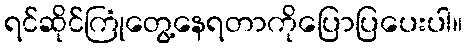
ရင်ဆိုင်ကြုံတွေ့နေရတာကိုပြောပြပေးပါ။